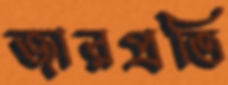
জারপ্রতি